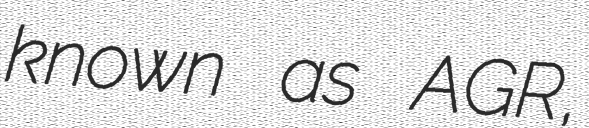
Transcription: known as AGR,